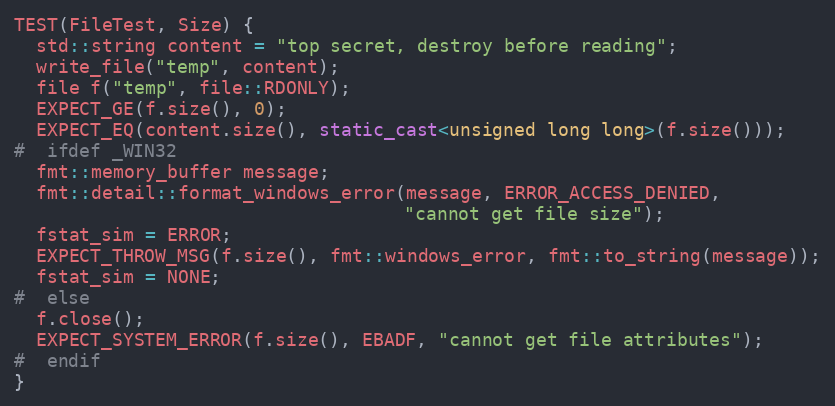
Language: C++
TEST(FileTest, Size) {
  std::string content = "top secret, destroy before reading";
  write_file("temp", content);
  file f("temp", file::RDONLY);
  EXPECT_GE(f.size(), 0);
  EXPECT_EQ(content.size(), static_cast<unsigned long long>(f.size()));
#  ifdef _WIN32
  fmt::memory_buffer message;
  fmt::detail::format_windows_error(message, ERROR_ACCESS_DENIED,
                                    "cannot get file size");
  fstat_sim = ERROR;
  EXPECT_THROW_MSG(f.size(), fmt::windows_error, fmt::to_string(message));
  fstat_sim = NONE;
#  else
  f.close();
  EXPECT_SYSTEM_ERROR(f.size(), EBADF, "cannot get file attributes");
#  endif
}